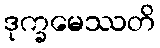
ဒုက္ခမေဿတိ